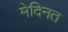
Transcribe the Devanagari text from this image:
मेदिनत